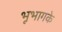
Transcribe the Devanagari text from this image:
भूभागके